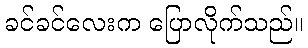
ခင်ခင်လေးက ပြောလိုက်သည်။